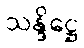
သန္ဒိဋ္ဌေ